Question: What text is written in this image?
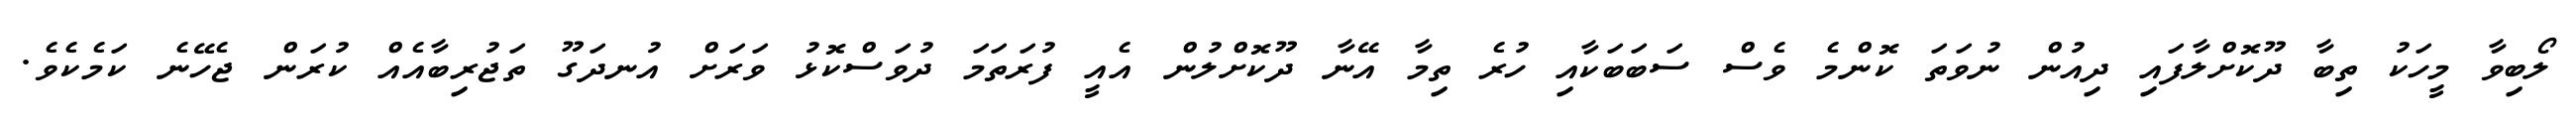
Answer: ލޯބިވާ މީހަކު ތިބާ ދޫކޮށްލާފައި ދިއުން ނުވަތަ ކޮންމެ ވެސް ސަބަބަކާއި ހުރެ ތިމާ އޭނާ ދޫކޮށްލުން އެއީ ފުރަތަމަ ދުވަސްކޮޅު ވަރަށް އުނދަގޫ ތަޖުރިބާއެއް ކުރަން ޖެހޭނެ ކަމެކެވެ.